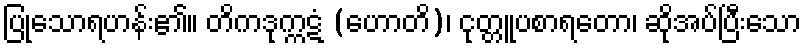
ပြုသောရဟန်း၏။ တိကဒုက္ကဋံ (ဟောတိ)၊ ငုတ္တူပစာရတော၊ ဆိုအပ်ပြီးသော